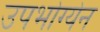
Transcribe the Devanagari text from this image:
उपभोग्येन